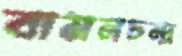
বামনচন্দ্র